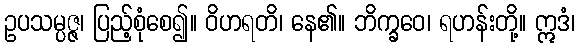
ဥပသမ္ပဇ္ဇ၊ ပြည့်စုံစေ၍။ ဝိဟရတိ၊ နေ၏။ ဘိက္ခဝေ၊ ရဟန်းတို့။ ဣဒံ၊